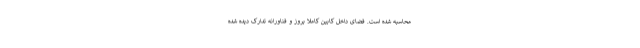
محاسبه شده است. فضای داخل کابین کاملا بروز و فناورانه تدارک دیده شده